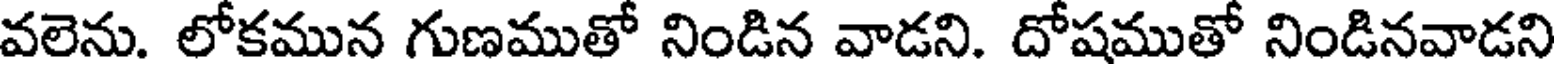
వలెను. లోకమున గుణముతో నిండిన వాడని. దోషముతో నిండినవాడని